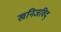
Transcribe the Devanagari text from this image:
खनिजविद्